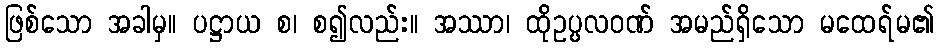
ဖြစ်သော အခါမှ။ ပဋ္ဌာယ စ၊ စ၍လည်း။ အဿာ၊ ထိုဥပ္ပလဝဏ် အမည်ရှိသော မထေရ်မ၏